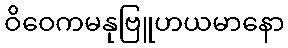
ဝိဝေကမနုဗြူဟယမာနော